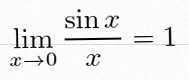
\lim_{x\to0}\frac{\sin x}{x}=1